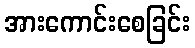
အားကောင်းစေခြင်း